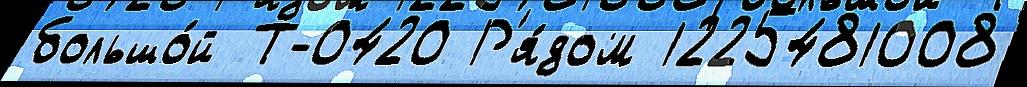
большо́й Т-0420 Р'я́дом 1225481008